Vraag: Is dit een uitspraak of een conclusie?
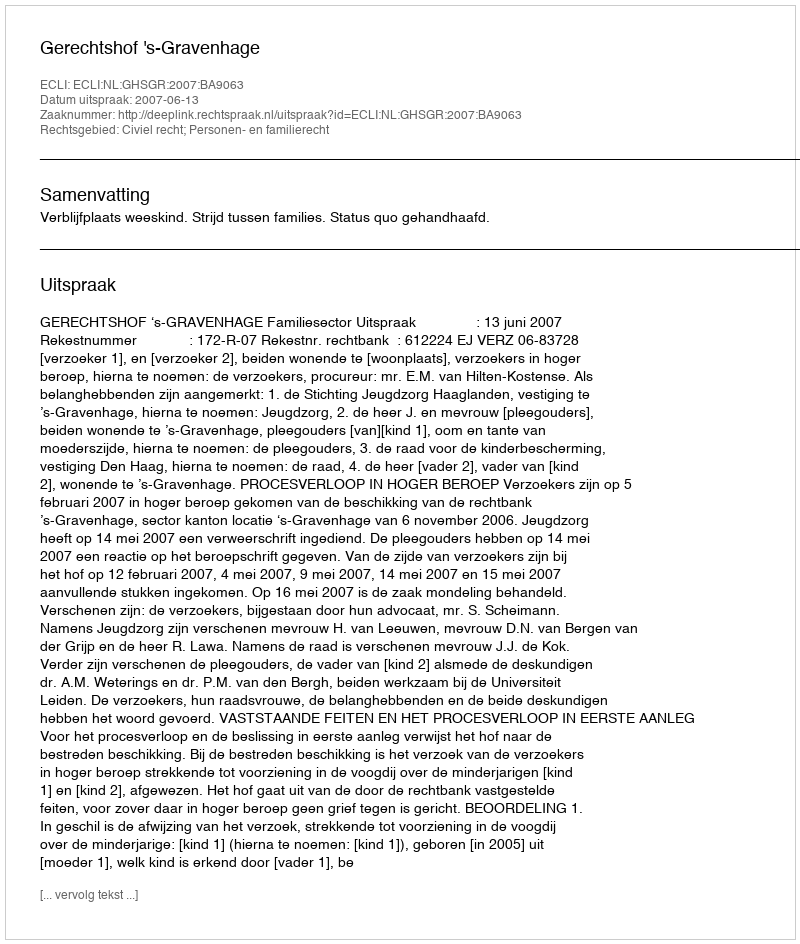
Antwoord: Uitspraak